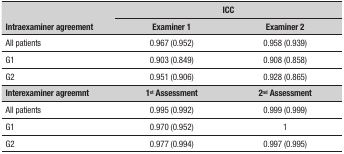
<table><thead><tr><td rowspan="2"><b>Intraexaminer agreement</b></td><td colspan="2"><b>ICC</b></td></tr><tr><td><b>Examiner 1</b></td><td><b>Examiner 2</b></td></tr></thead><tbody><tr><td>All patients</td><td>0.967 (0.952)</td><td>0.958 (0.939)</td></tr><tr><td>G1</td><td>0.903 (0.849)</td><td>0.908 (0.858)</td></tr><tr><td>G2</td><td>0.951 (0.906)</td><td>0.928 (0.865)</td></tr><tr><td><b>Interexaminer agreemnt</b></td><td><b>1<sup>st</sup> Assessment</b></td><td><b>2<sup>nd</sup> Assessment</b></td></tr><tr><td>All patients</td><td>0.995 (0.992)</td><td>0.999 (0.999)</td></tr><tr><td>G1</td><td>0.970 (0.952)</td><td>1</td></tr><tr><td>G2</td><td>0.977 (0.994)</td><td>0.997 (0.995)</td></tr></tbody></table>